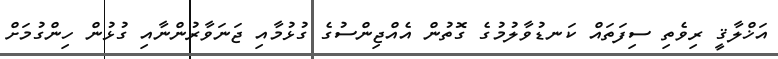
އަޚްލާޤީ ރިވެތި ސިފަތައް ކަނޑުވާލުމުގެ ގޮތުން އެއްޖިންސުގެ ގުޅުމާއި ޖަނަވާރުންނާއި ގުޅުން ހިންގުމަށް